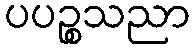
ပပဉ္စသညာ